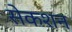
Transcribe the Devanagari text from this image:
सेकशन